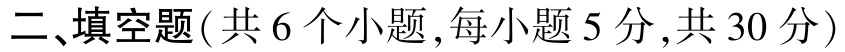
二、填空题(共6个小题,每小题5分,共30分)